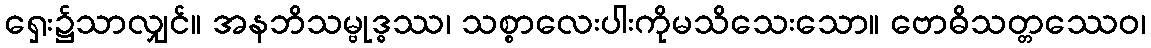
ရှေး၌သာလျှင်။ အနဘိသမ္ဗုဒ္ဓဿ၊ သစ္စာလေးပါးကိုမသိသေးသော။ ဗောဓိသတ္တဿေဝ၊